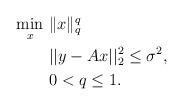
LaTeX: \begin{align*}\begin{aligned}\min_{x}&~\|x\|_{q}^q\\ &~||y-{A}x||_2^2\leq\sigma^2,\\ &~0<q\leq1.\end{aligned}\end{align*}